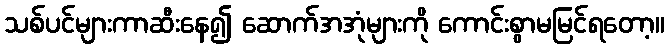
သစ်ပင်များကာဆီးနေ၍ ဆောက်အအုံများကို ကောင်းစွာမမြင်ရတော့။